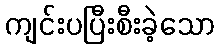
ကျင်းပပြီးစီးခဲ့သော